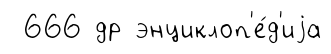
666 др энциклоп'е́д'иjа